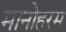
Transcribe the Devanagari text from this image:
मानोहरम